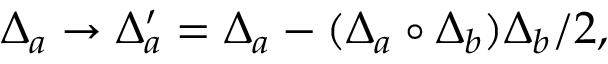
\Delta _ { a } \rightarrow \Delta _ { a } ^ { \prime } = \Delta _ { a } - ( \Delta _ { a } \circ \Delta _ { b } ) \Delta _ { b } / 2 ,